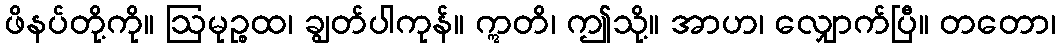
ဖိနပ်တို့ကို။ ဩမုဉ္စထ၊ ချွတ်ပါကုန်။ ဣတိ၊ ဤသို့။ အာဟ၊ လျှောက်ပြီ။ တတော၊